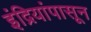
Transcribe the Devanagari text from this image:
इंद्रियांपासून